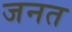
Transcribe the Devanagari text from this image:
जनत